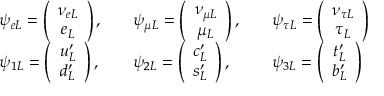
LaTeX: \begin{array} { l l l } { { \psi _ { e L } = \left( \begin{array} { c } { { \nu _ { e L } } } \\ { { e _ { L } } } \end{array} \right) , \quad } } & { { \psi _ { \mu L } = \left( \begin{array} { c } { { \nu _ { \mu L } } } \\ { { \mu _ { L } } } \end{array} \right) , \quad } } & { { \psi _ { \tau L } = \left( \begin{array} { c } { { \nu _ { \tau L } } } \\ { { \tau _ { L } } } \end{array} \right) } } \\ { { \psi _ { 1 L } = \left( \begin{array} { c } { { u _ { L } ^ { \prime } } } \\ { { d _ { L } ^ { \prime } } } \end{array} \right) , \quad } } & { { \psi _ { 2 L } = \left( \begin{array} { c } { { c _ { L } ^ { \prime } } } \\ { { s _ { L } ^ { \prime } } } \end{array} \right) , \quad } } & { { \psi _ { 3 L } = \left( \begin{array} { c } { { t _ { L } ^ { \prime } } } \\ { { b _ { L } ^ { \prime } } } \end{array} \right) } } \end{array}